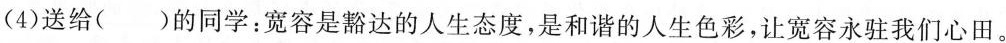
(4)送给( )的同学：宽容是豁达的人生态度，是和谐的人生色彩，让宽容永驻我们心田。